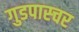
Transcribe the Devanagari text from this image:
गुडपास्चर